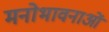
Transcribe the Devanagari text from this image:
मनोभावनाआें